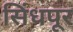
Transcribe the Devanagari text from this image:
सिंधपूर